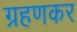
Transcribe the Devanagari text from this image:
ग्रहणकर